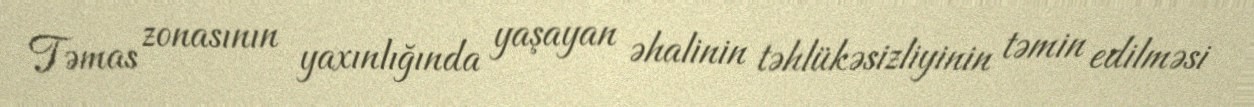
Təmas zonasının yaxınlığında yaşayan əhalinin təhlükəsizliyinin təmin edilməsi